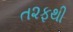
ત૨ફથી